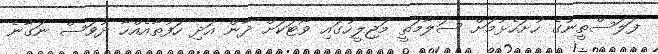
ފަލަސްތީނުގެ ހުށަހެޅުމަށް ސަލާމަތީ މަޖިލީހުގައި ވޯޓަކަށް ދާން އަދި ހަފުތާއެއްހާ ދުވަސް ނަގާނެ